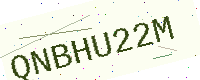
Text: QNBHU22M